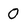
Character: o